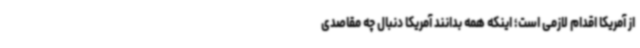
از آمریکا اقدام لازمی است؛ اینکه همه بدانند آمریکا دنبال چه مقاصدی